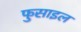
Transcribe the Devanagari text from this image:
फुसाइल